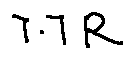
7 . 7 R